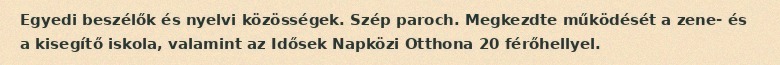
Egyedi beszélők és nyelvi közösségek. Szép paroch. Megkezdte működését a zene- és a kisegítő iskola, valamint az Idősek Napközi Otthona 20 férőhellyel.